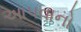
આપવાનો